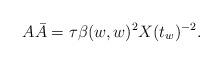
LaTeX: \begin{align*}A\bar A= \tau \beta(w,w)^{2}X(t_w)^{-2}.\end{align*}